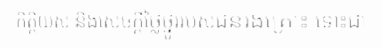
កិត្តិយស និងសេចក្តីថ្លៃថ្នូររបស់ជនរងគ្រោះ ទោះជា